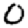
Digit: 0